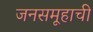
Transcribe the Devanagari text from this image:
जनसमूहाची